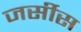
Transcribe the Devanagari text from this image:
जर्सीस